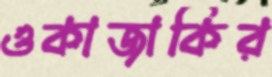
ওকাজাকির